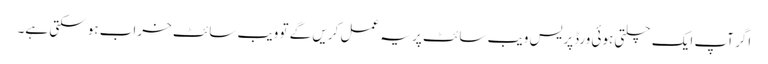
اگر آپ ایک چلتی ہوئی ورڈپریس ویب سائٹ پر یہ عمل کریں گے تو ویب سائٹ خراب ہو سکتی ہے۔